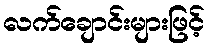
လက်ချောင်းများဖြင့်